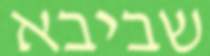
שביבא